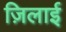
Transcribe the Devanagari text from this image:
ज़िलाई